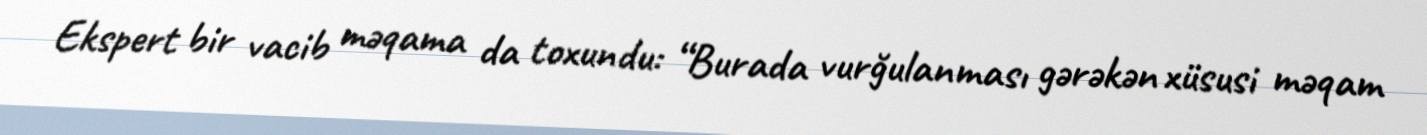
Ekspert bir vacib məqama da toxundu: “Burada vurğulanması gərəkən xüsusi məqam